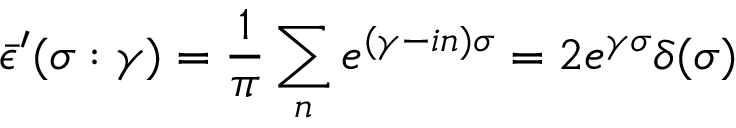
\bar { \epsilon } ^ { \prime } ( \sigma : \gamma ) = \frac { 1 } { \pi } \sum _ { n } e ^ { ( \gamma - i n ) \sigma } = 2 e ^ { \gamma \sigma } \delta ( \sigma )